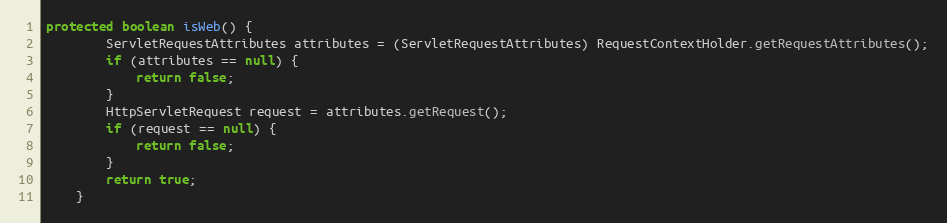
Language: Java
protected boolean isWeb() {
		ServletRequestAttributes attributes = (ServletRequestAttributes) RequestContextHolder.getRequestAttributes();
		if (attributes == null) {
			return false;
		}
		HttpServletRequest request = attributes.getRequest();
		if (request == null) {
			return false;
		}
		return true;
	}